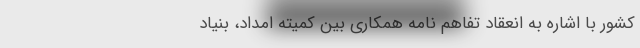
کشور با اشاره به انعقاد تفاهم نامه همکاری بین کمیته امداد، بنیاد